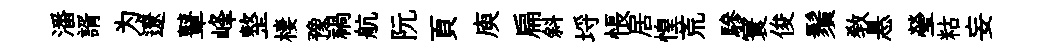
潘諝为遼鼙峰整棲豫禍航阮頁庾扁斜埓悵居惶荒驂寰俊鬚敎悬瑩䊀妄